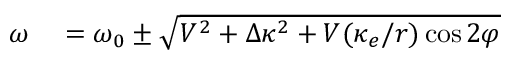
\begin{array} { r l } { \omega } & { { } = \omega _ { 0 } \pm \sqrt { V ^ { 2 } + \Delta \kappa ^ { 2 } + V ( \kappa _ { e } / r ) \cos 2 \varphi } } \end{array}